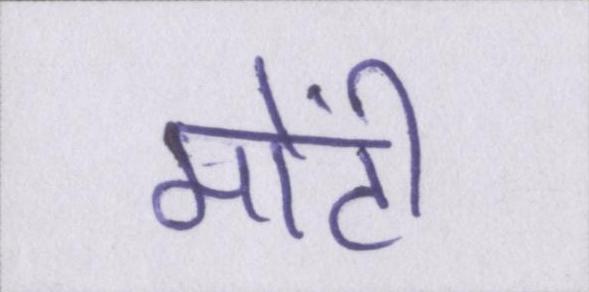
मोंटी